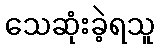
သေဆုံးခဲ့ရသူ